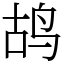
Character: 鸪